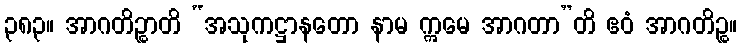
၃၈၃။ အာဂတိဉ္စာတိ “အသုကဋ္ဌာနတော နာမ ဣမေ အာဂတာ”တိ ဧဝံ အာဂတိဉ္စ။